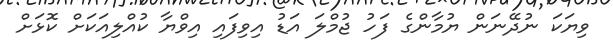
ވިޔަކަ ނުދޭނަން ޔުމާންގެ ފަހު ޖުމްލަ އަޑު އިވިފައި އިވްޔާ ކުއްލިއަކަށް ކޮޅަށް